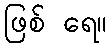
ဖြစ် ရေ။